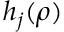
h _ { j } ( \rho )